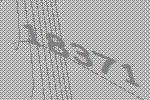
18371